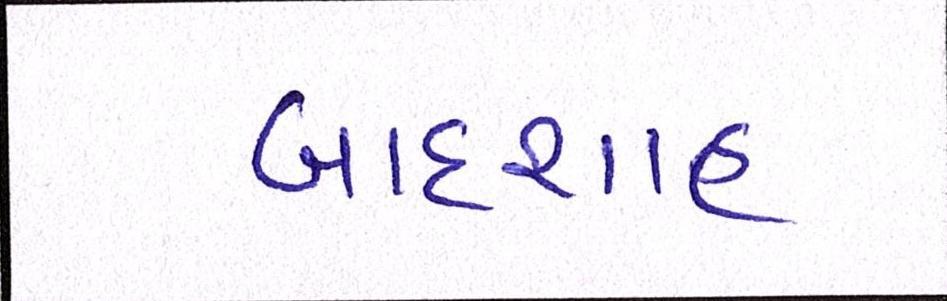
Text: બાદશાહ